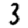
Digit: 3